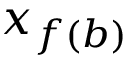
x _ { f ( b ) }